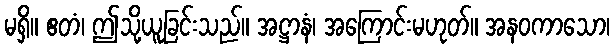
မရှိ။ ဧတံ၊ ဤသို့ယူခြင်းသည်။ အဋ္ဌာနံ၊ အကြောင်းမဟုတ်။ အနဝကာသော၊